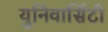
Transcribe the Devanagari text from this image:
युनिवार्सिटी